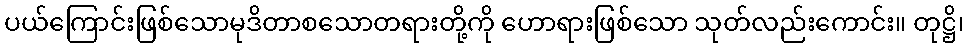
ပယ်ကြောင်းဖြစ်သောမုဒိတာစသောတရားတို့ကို ဟောရားဖြစ်သော သုတ်လည်းကောင်း။ တုဋ္ဌိ၊